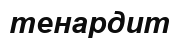
тенардит